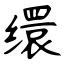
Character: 缳